Jaan_Tonisson_(Lasteleht), lk 296
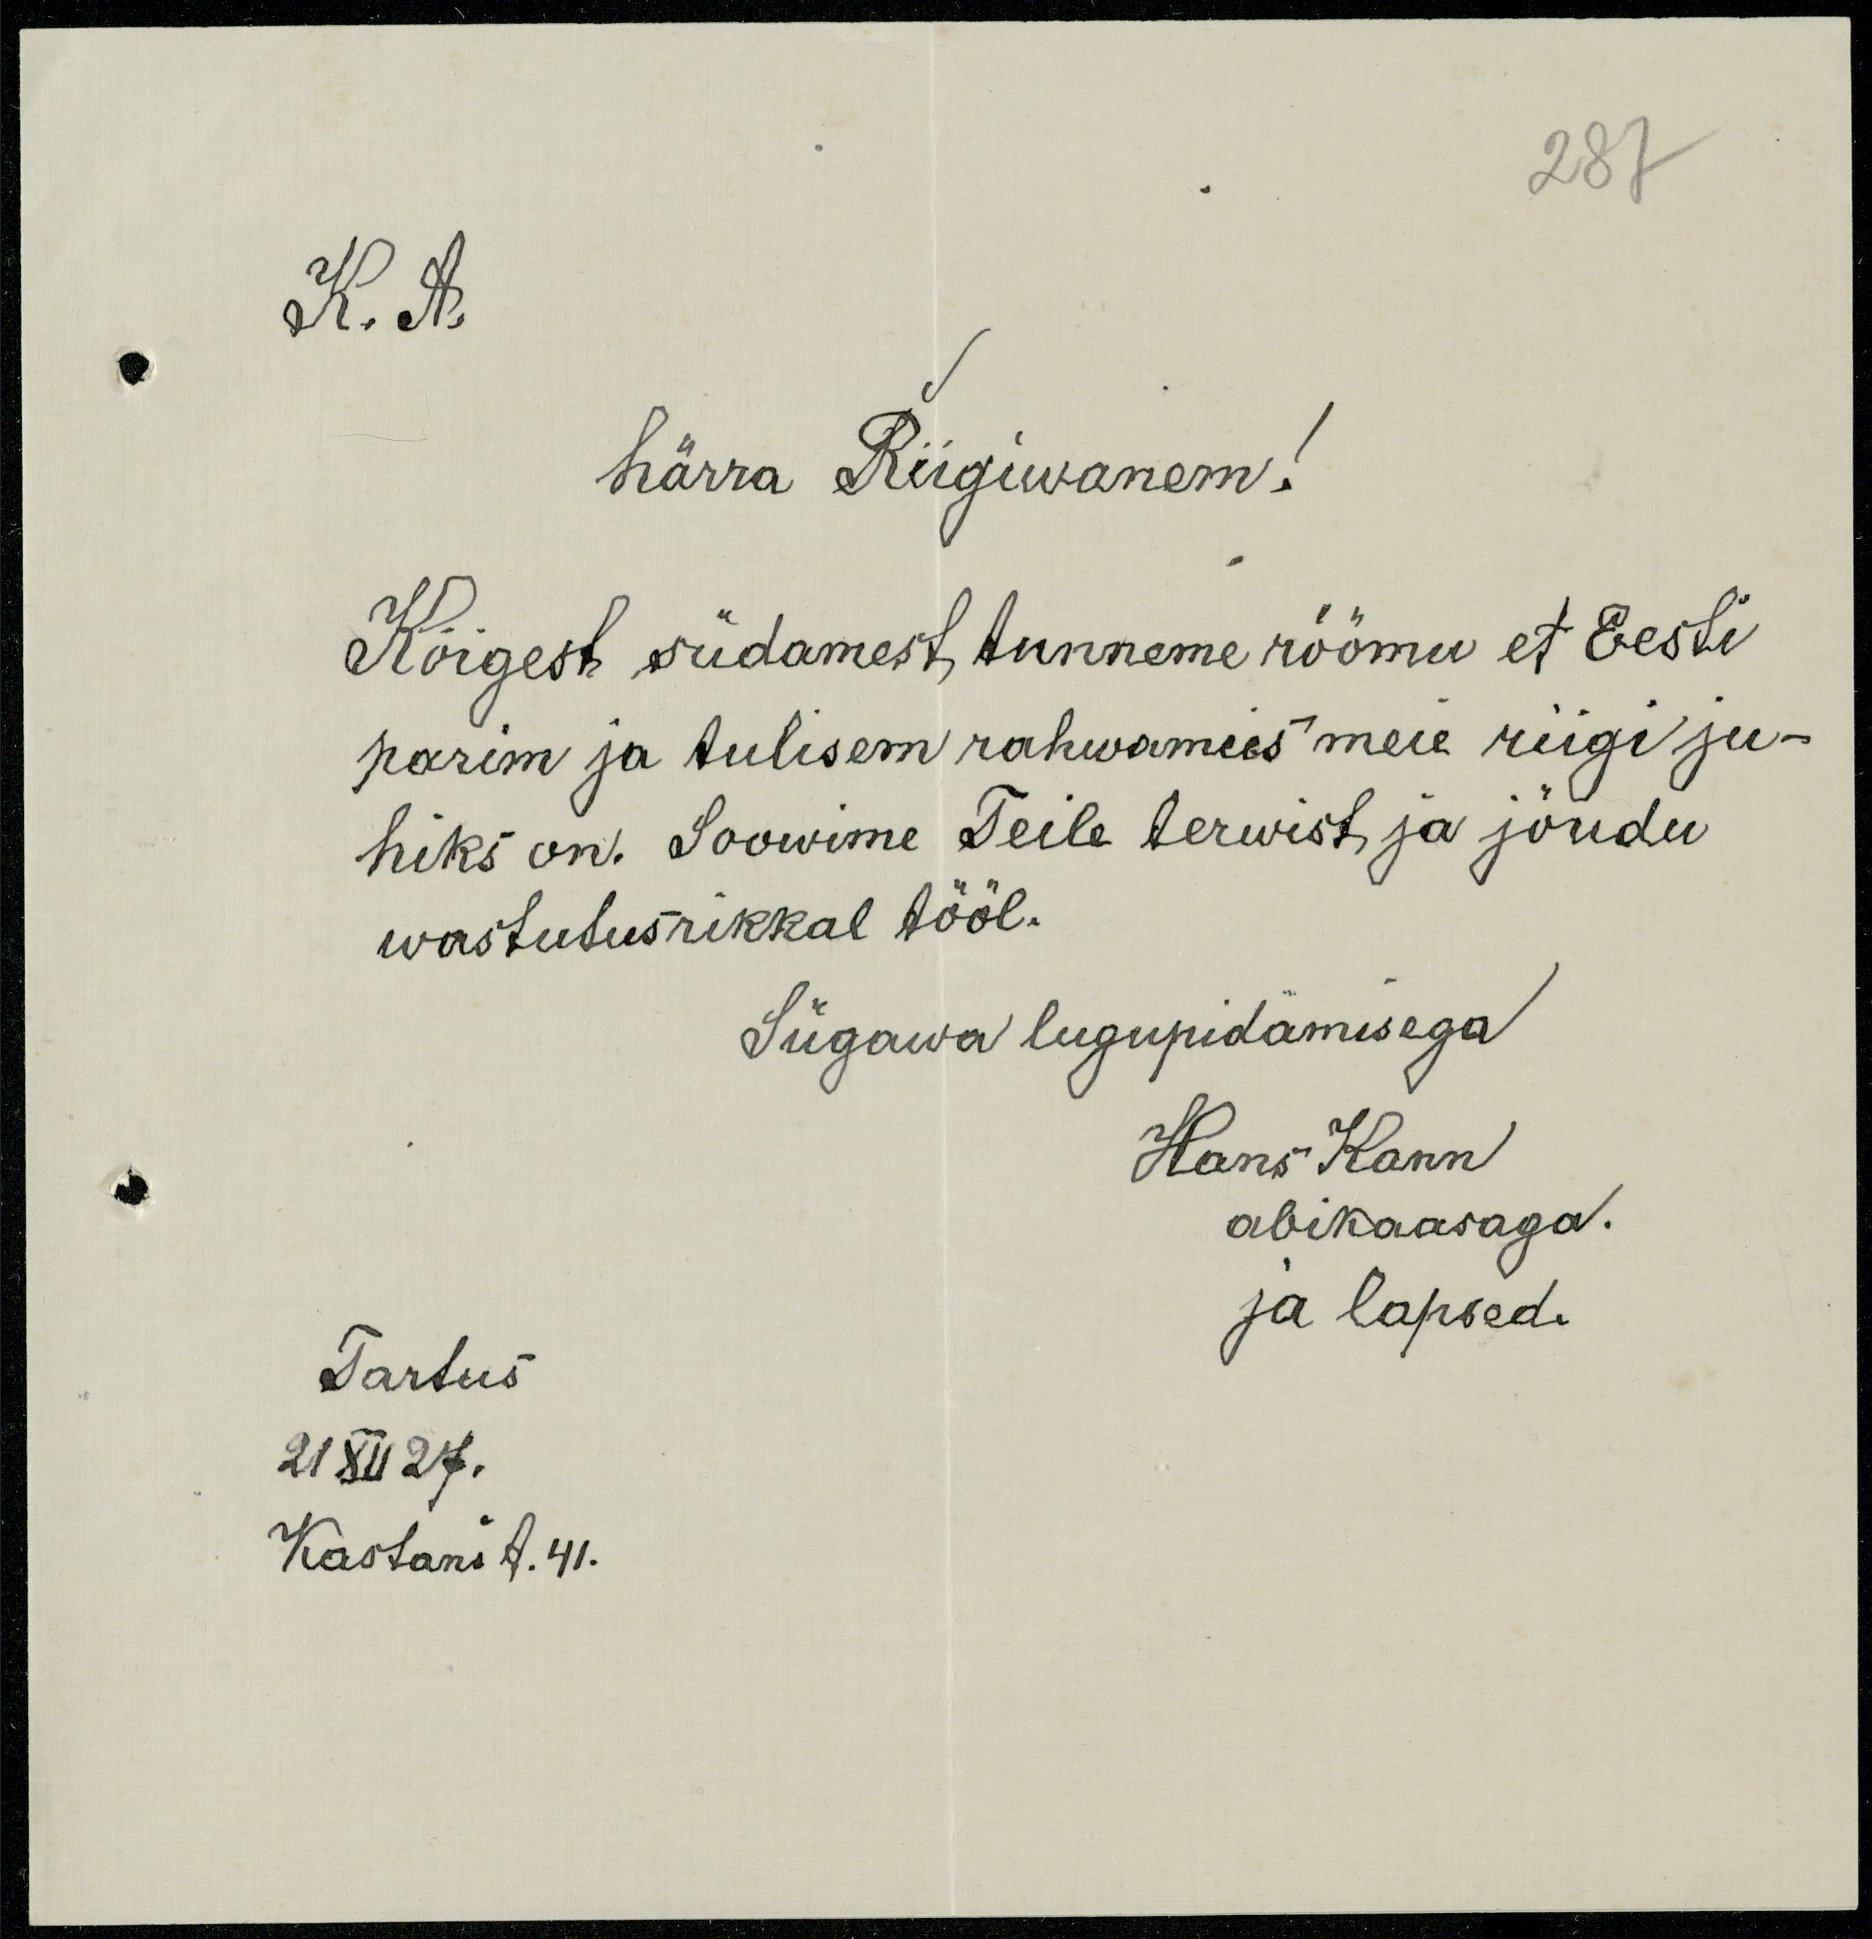
287
K. A.
härra Riigiwanem!
Kõigest südamest tunneme rõõmu et Eesti
parim ja tulisem rahwamees meie riigi ju-
hiks on. Soowime Teile terwist ja jõudu
wastutusrikkal tööl.
Sügawa lugupidamisega
Hans Kann
abikaasaga.
ja lapsed.
Tartus
21 XII 27.
Kastani t. 41.